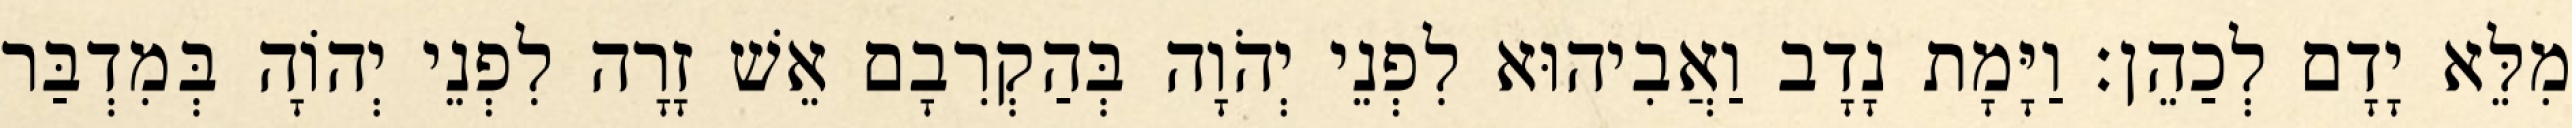
מִלֵּא יָדָם לְכַהֵן׃ וַיָּמָת נָדָב וַאֲבִיהוּא לִפְנֵי יְהֹוָה בְּהַקְרִבָם אֵשׁ זָרָה לִפְנֵי יְהוָֹה בְּמִדְבַּר